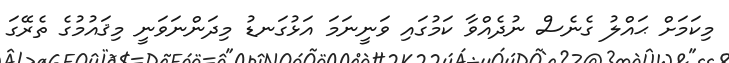
މިކަމަށް ޙައްލު ގެނެސް ނުދެއްވާ ކަމުގައި ވަނީނަމަ އަޅުގަނޑު މިދަންނަވަނީ މިޤައުމުގެ ތެރޭގަ